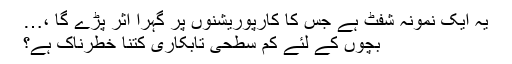
یہ ایک نمونہ شفٹ ہے جس کا کارپوریشنوں پر گہرا اثر پڑے گا ،…
بچوں کے لئے کم سطحی تابکاری کتنا خطرناک ہے؟